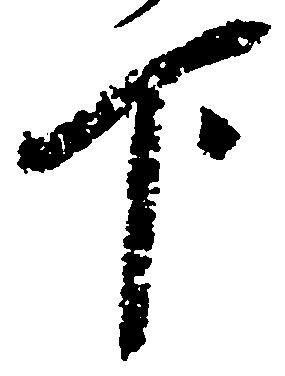
下